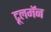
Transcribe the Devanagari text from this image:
टूलमॅन